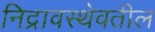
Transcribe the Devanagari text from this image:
निद्रावस्थेवतील